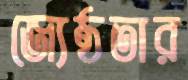
জ্যেষ্ঠতার